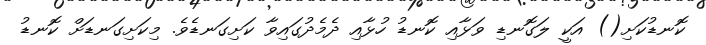
ކޮނޑުކަށި() އަކީ ލަގޮނޑި ވަޅާއި ކޮނޑު ހުޅާއި ދެމެދުގައިވާ ކަށިގަނޑެވެ. މިކަށިގަނޑަށް ކޮނޑު